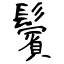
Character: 鬢